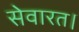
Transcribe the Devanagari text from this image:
सेवारत।